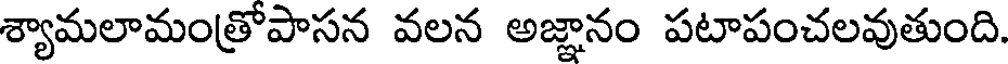
శ్యామలామంత్రోపాసన వలన అజ్ఞానం పటాపంచలవుతుంది.